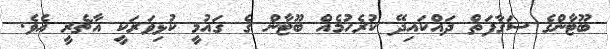
ބޫޓާންގެ ސަގާފަތް ދައްކައިދޭ ކުރެހުމެއް ބޫޓާން ގެ ގައުމީ ކުޅިވަރަކީ އާޗެރީ އެވެ.